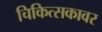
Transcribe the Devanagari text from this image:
चिकित्सकावर